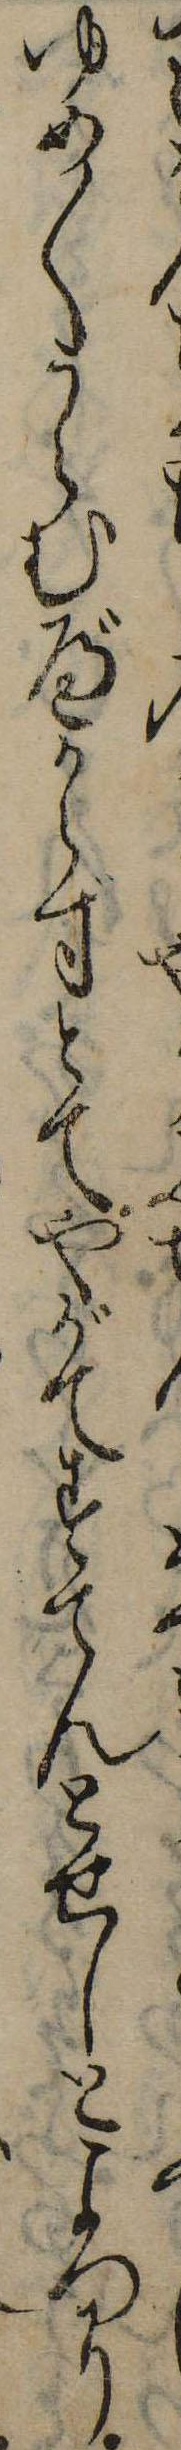
ゆめ〱うらむべからずとてやがてすてんとせしところに